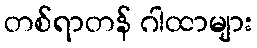
တစ်ရာတန် ဂါထာများ